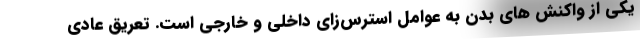
یکی از واکنش های بدن به عوامل استرس‌زای داخلی و خارجی است. تعریق عادی